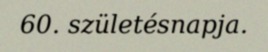
60. születésnapja.